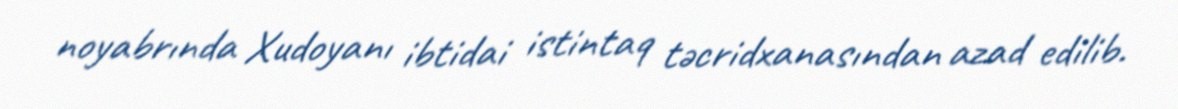
noyabrında Xudoyanı ibtidai istintaq təcridxanasından azad edilib.